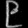
Digit: ၉